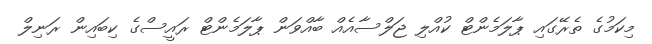
މިކަމުގެ ތެރޭގައި ޕާލަމެންޓް ކުއްލި ޖަލްސާއެއް ބާއްވަން ޕާލަމެންޓް ރައީސްގެ ކިބައިން ރަނިލް